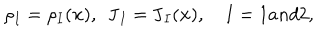
\rho _ { I } = \rho _ { I } ( \mathbf { x } ) , ~ ~ \mathbf { J } _ { I } = \mathbf { J } _ { I } ( \mathbf { x } ) , ~ I = 1 a n d 2 ,